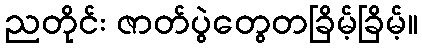
ညတိုင်း ဇာတ်ပွဲတွေတခြိမ့်ခြိမ့်။